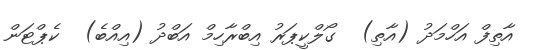
އާތިފް އަހްމަދު (އާތި)  ގޯލްކީޕަރު އިބްރާހިމް އަބްދު (އިއްބެ)  ކެޕްޓަން